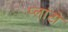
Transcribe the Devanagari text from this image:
प्‍लांटो